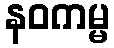
နဝကမ္မ